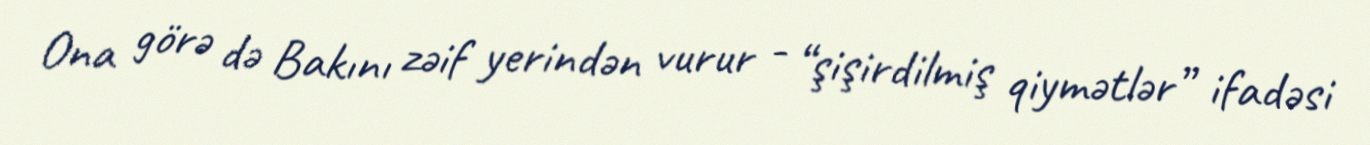
Ona görə də Bakını zəif yerindən vurur - “şişirdilmiş qiymətlər” ifadəsi